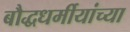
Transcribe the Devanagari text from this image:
बौद्धधर्मीयांच्या